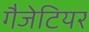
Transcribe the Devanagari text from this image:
गैजेटियर